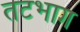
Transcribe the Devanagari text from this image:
तटभाग